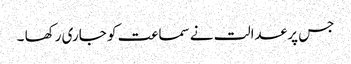
جس پر عدالت نے سماعت کو جاری رکھا ۔